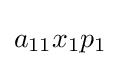
a_{11}x_{1}p_{1}